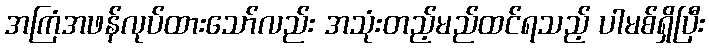
အကြံအဖန်လုပ်ထားသော်လည်း အသုံးတည့်မည်ထင်ရသည့် ပါမစ်ရှိပြီး